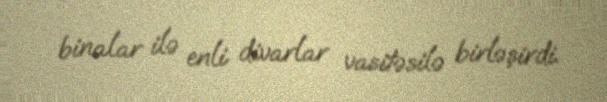
binalar ilə enli divarlar vasitəsilə birləşirdi.